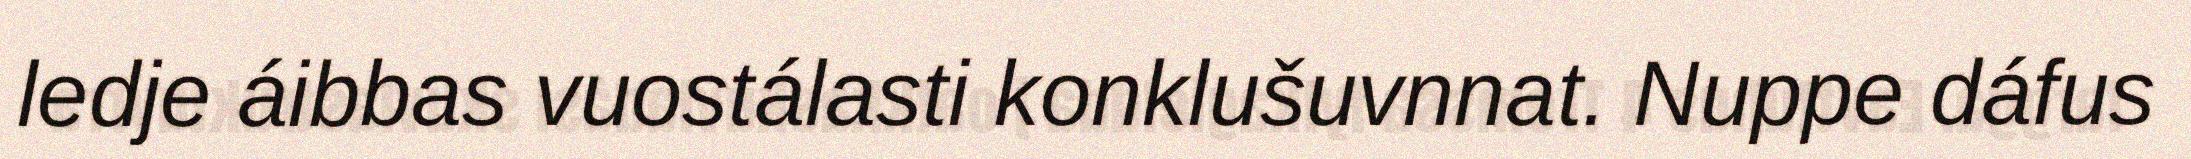
ledje áibbas vuostálasti konklušuvnnat. Nuppe dáfus